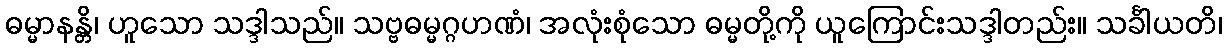
ဓမ္မာနန္တိ၊ ဟူသော သဒ္ဒါသည်။ သဗ္ဗဓမ္မဂ္ဂဟဏံ၊ အလုံးစုံသော ဓမ္မတို့ကို ယူကြောင်းသဒ္ဒါတည်း။ သင်္ခါယတိ၊